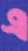
এ